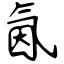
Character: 氤